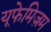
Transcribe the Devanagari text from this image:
यूफेमिज़म